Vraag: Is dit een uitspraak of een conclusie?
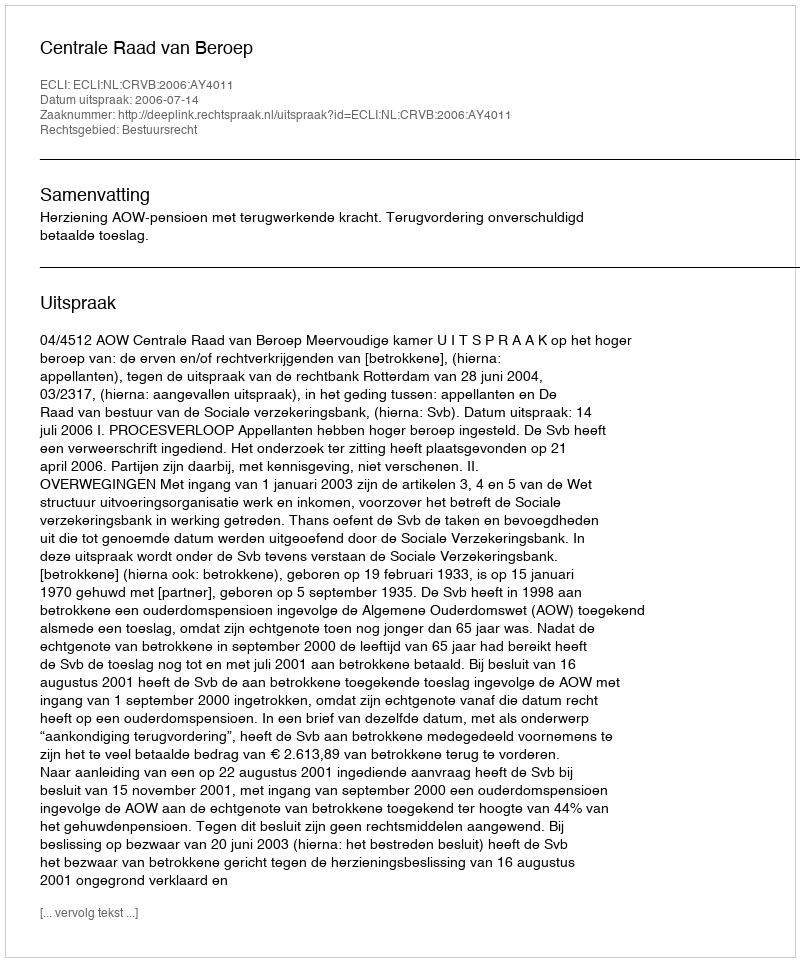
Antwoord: Uitspraak